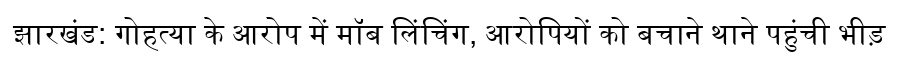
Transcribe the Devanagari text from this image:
झारखंड: गोहत्या के आरोप में मॉब लिंचिंग, आरोपियों को बचाने थाने पहुंची भीड़